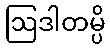
ဩဒါတမ္ပိ